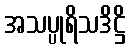
အသပ္ပုရိသဒိဋ္ဌိ